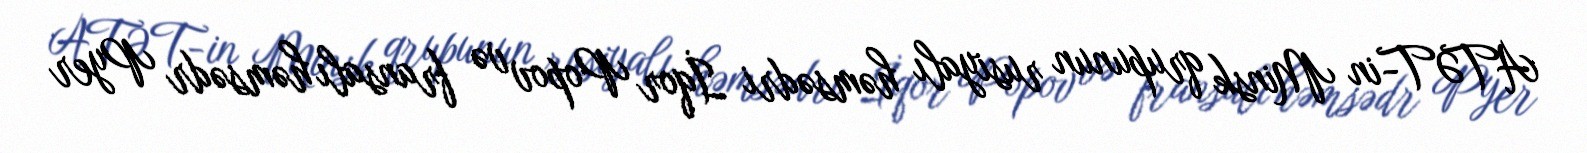
ATƏT-in Minsk qrupunun rusiyalı həmsədri İqor Popov və fransalı həmsədr Pyer